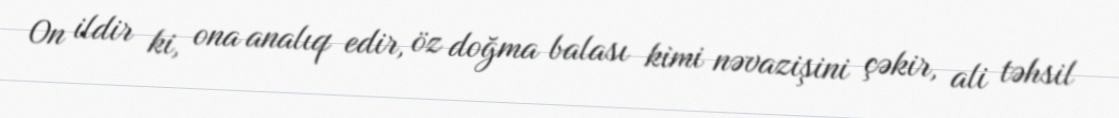
On ildir ki, ona analıq edir, öz doğma balası kimi nəvazişini çəkir, ali təhsil